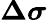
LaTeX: \boldsymbol{\Delta\sigma}